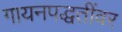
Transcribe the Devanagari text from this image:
गायनपद्धतींवर